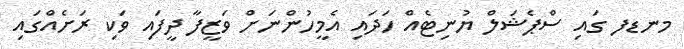
މނޑފ ގައި ސްޕެޝަލް ޔުނިޓެއް ހަދައި އެމީހުންނަށް ވަޒީފާ ދީފައި ވަކި ރަށެއްގައި